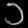
Digit: ၁